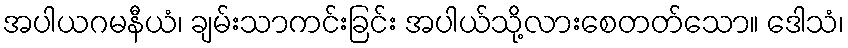
အပါယဂမနီယံ၊ ချမ်းသာကင်းခြင်း အပါယ်သို့လားစေတတ်သော။ ဒေါသံ၊